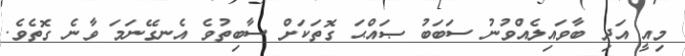
މިއީ އަދި ބާވައިލެއްވުނު ސަބަބު ޞައްޙަ ގޮތަކަށް ސާބިތުވެ އެނގޭނަމަ ވާނެ ގޮތެވެ.